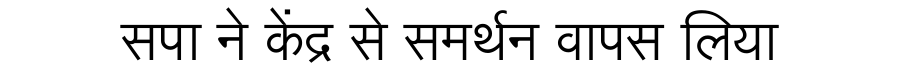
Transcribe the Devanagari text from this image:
सपा ने केंद्र से समर्थन वापस लिया